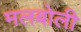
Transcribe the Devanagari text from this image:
मलबोली